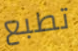
تطبع